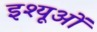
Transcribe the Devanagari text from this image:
इश्यूओं